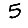
Digit: 5